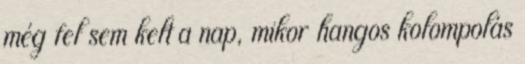
még fel sem kelt a nap, mikor hangos kolompolás